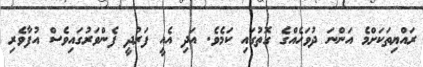
ރައްޔިތަކަށްމެ އަންނަ ދުވަހެއްގެ ގޮތުގައި ކަމެވެ. އަދި އެއީ ފަރުދީ ފެންވަރުގައިވެސް އުފާވެރި